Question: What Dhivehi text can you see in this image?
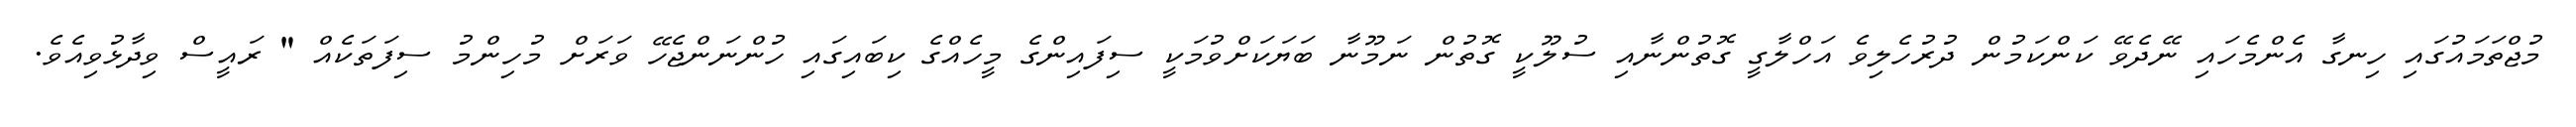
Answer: މުޖްތަމައުގައި ހިނގާ އެންމެހައި ނޭދެވޭ ކަންކަމުން ދުރުހެލިވެ އަހްލާގީ ގޮތުންނާއި ސުލޫކީ ގޮތުން ނަމޫނާ ބަޔަކަށްވުމަކީ ސިފައިންގެ މީހެއްގެ ކިބައިގައި ހުންނަންޖެހޭ ވަރަށް މުހިންމު ސިފަތަކެއް " ރައީސް ވިދާޅުވިއެވެ.